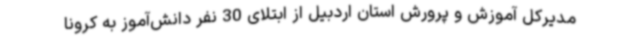
مدیرکل آموزش و پرورش استان اردبیل از ابتلای 30 نفر دانش‌آموز به کرونا